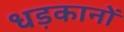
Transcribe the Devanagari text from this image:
धड़कानों